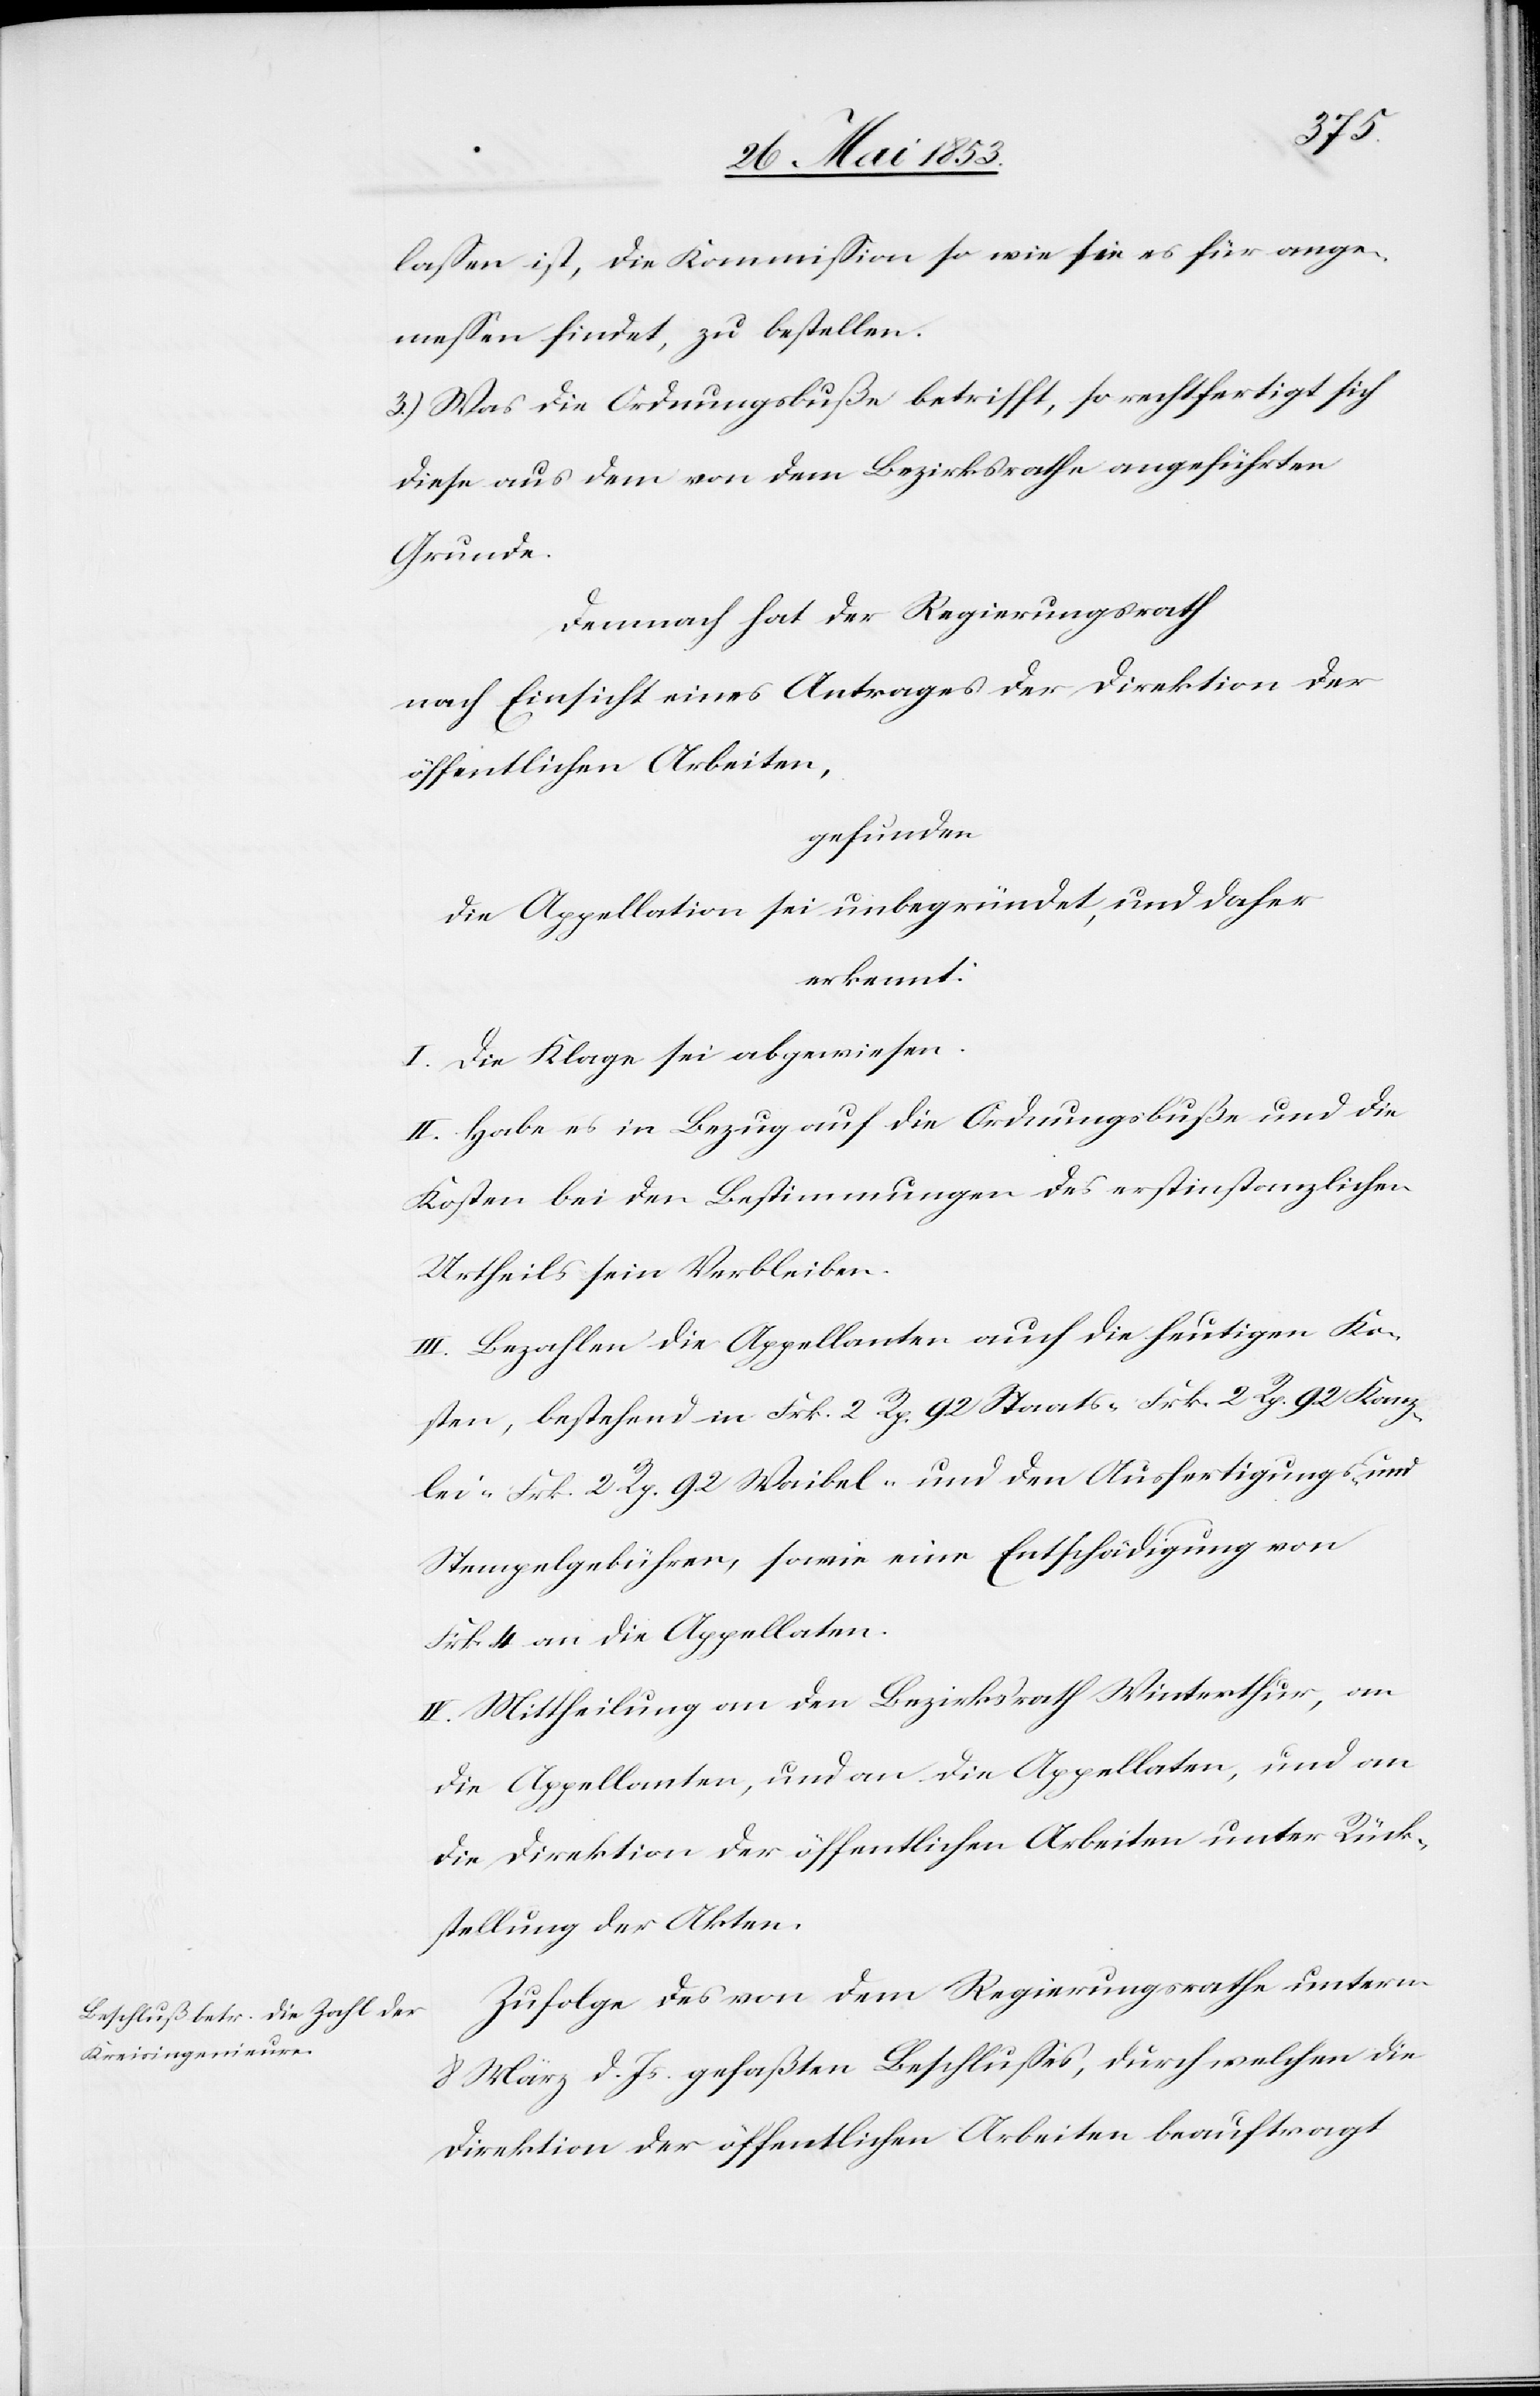
laßen ist, die Kommißion so wie sie es für ange¬
meßen findet, zu bestellen.
3.) Was die Ordnungsbuße betrifft, so rechtfertigt sich
diese aus dem von dem Bezirksrathe angeführten
Grunde.
Demnach hat der Regierungsrath
nach Einsicht eines Antrages der Direktion der
öffentlichen Arbeiten.
Gefunden
die Appellation sei unbegründet, und daher
erkennt:
I. Die Klage sei abzuweisen.
II. Habe es in Bezug auf die Ordnungsbuße und die
Kosten bei den Bestimmungen des erstinstanzlichen
Urtheils sein Verbleiben.
III. Bezahlen die Appellanten auch die heutigen Ko¬
sten, bestehend in Frk. 2 Rp. 92 Staats- Frk. 2 Rp. 92 Kanz¬
lei- Frk. 2 Rp. 92 Waibel- und die Ausfertigungs- u.
Stempelgebühren, sowie eine Entschädigung von
Frk. 4 an die Appellaten.
IV. Mittheilung an den Bezirksrath Winterthur, an
die Appellanten, und an die Appellaten, und an
die Direktion der öffentlichen Arbeiten unter Rück¬
stellung der Akten.
Zufolge des von dem Regierungsrathe unterm
8 März d. Js. gefaßten Beschlußes, durch welchen die
Direktion der öffentlichen Arbeiten beauftragt